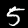
Label: 5